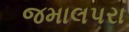
જમાલપરા